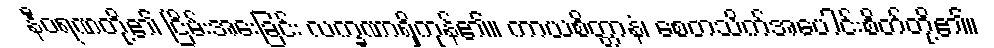
နီဝရဏတို့၏ ငြိမ်းအေးခြင်း လက္ခဏာရှိကုန်၏။ ကာယစိတ္တာနံ၊ စေတသိက်အပေါင်းစိတ်တို့၏။